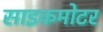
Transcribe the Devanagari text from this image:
साइकमोटर